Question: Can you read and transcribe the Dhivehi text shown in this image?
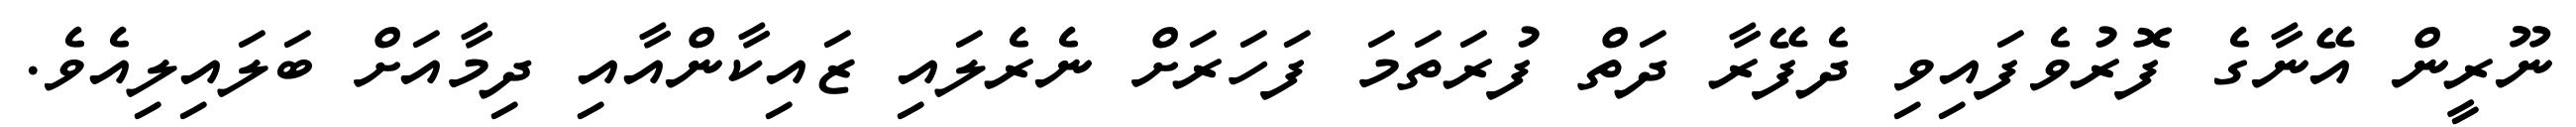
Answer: ނޫރީން އޭނާގެ ފޮރުވެފައިވި ދެފޭރާ ދަތް ފުރަތަމަ ފަހަރަށް ނެރެލައި ޒައިކާންއާއި ދިމާއަށް ބަލައިލިއެވެ.